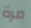
مرة